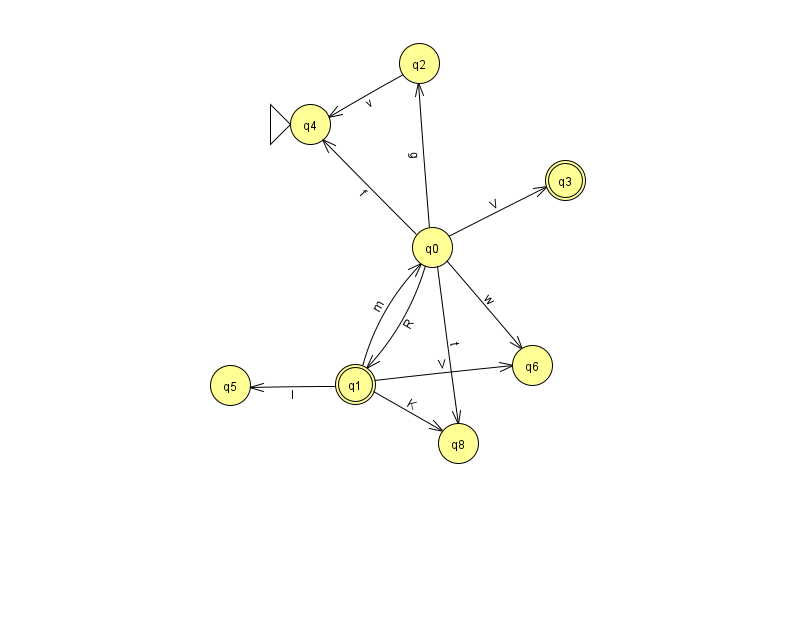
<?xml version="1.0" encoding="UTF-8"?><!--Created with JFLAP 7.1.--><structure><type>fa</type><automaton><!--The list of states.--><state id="0" name="q0"><x>432.0</x><y>234.0</y></state><state id="1" name="q1"><x>355.0</x><y>371.0</y><final/></state><state id="2" name="q2"><x>419.0</x><y>50.0</y></state><state id="3" name="q3"><x>565.0</x><y>167.0</y><final/></state><state id="4" name="q4"><x>310.0</x><y>111.0</y><initial/></state><state id="5" name="q5"><x>230.0</x><y>372.0</y></state><state id="6" name="q6"><x>532.0</x><y>352.0</y></state><state id="8" name="q8"><x>458.0</x><y>430.0</y></state><!--The list of transitions.--><transition><from>0</from><to>6</to><read>w</read></transition><transition><from>0</from><to>3</to><read>V</read></transition><transition><from>1</from><to>5</to><read>l</read></transition><transition><from>1</from><to>0</to><read>m</read></transition><transition><from>2</from><to>4</to><read>v</read></transition><transition><from>0</from><to>2</to><read>g</read></transition><transition><from>0</from><to>4</to><read>f</read></transition><transition><from>0</from><to>1</to><read>R</read></transition><transition><from>1</from><to>6</to><read>V</read></transition><transition><from>1</from><to>8</to><read>K</read></transition><transition><from>0</from><to>8</to><read>t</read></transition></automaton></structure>